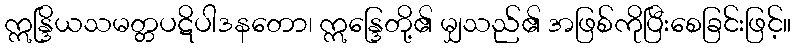
ဣန္ဒြိယသမတ္တပဋိပါဒနတော၊ ဣန္ဒြေတို့၏ မျှသည်၏ အဖြစ်ကိုပြီးစေခြင်းဖြင့်။